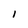
Character: I